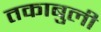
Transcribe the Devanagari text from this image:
तकाबुली